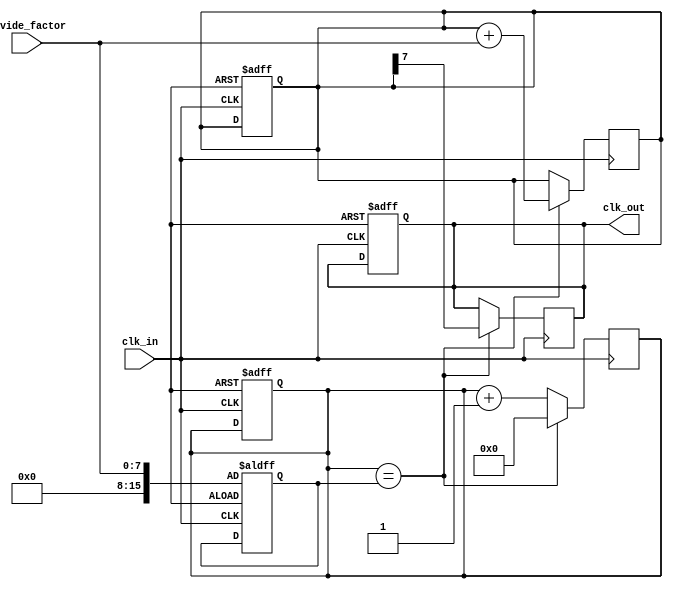
module fractional_clock_divider (
    input wire clk_in,
    input wire [7:0] divide_factor,
    output reg clk_out
);

reg [15:0] counter;
reg [7:0] bits_accumulator;
reg [15:0] threshold;

always @(posedge clk_in) begin
    if (counter == threshold) begin
        counter <= 0;
        bits_accumulator <= bits_accumulator + divide_factor;
        clk_out <= bits_accumulator[7];
    end else begin
        counter <= counter + 1;
    end
end

always @(posedge clk_in or posedge rst) begin
    if (rst) begin
        counter <= 0;
        bits_accumulator <= 0;
        threshold <= divide_factor;
        clk_out <= 0;
    end
end

endmodule